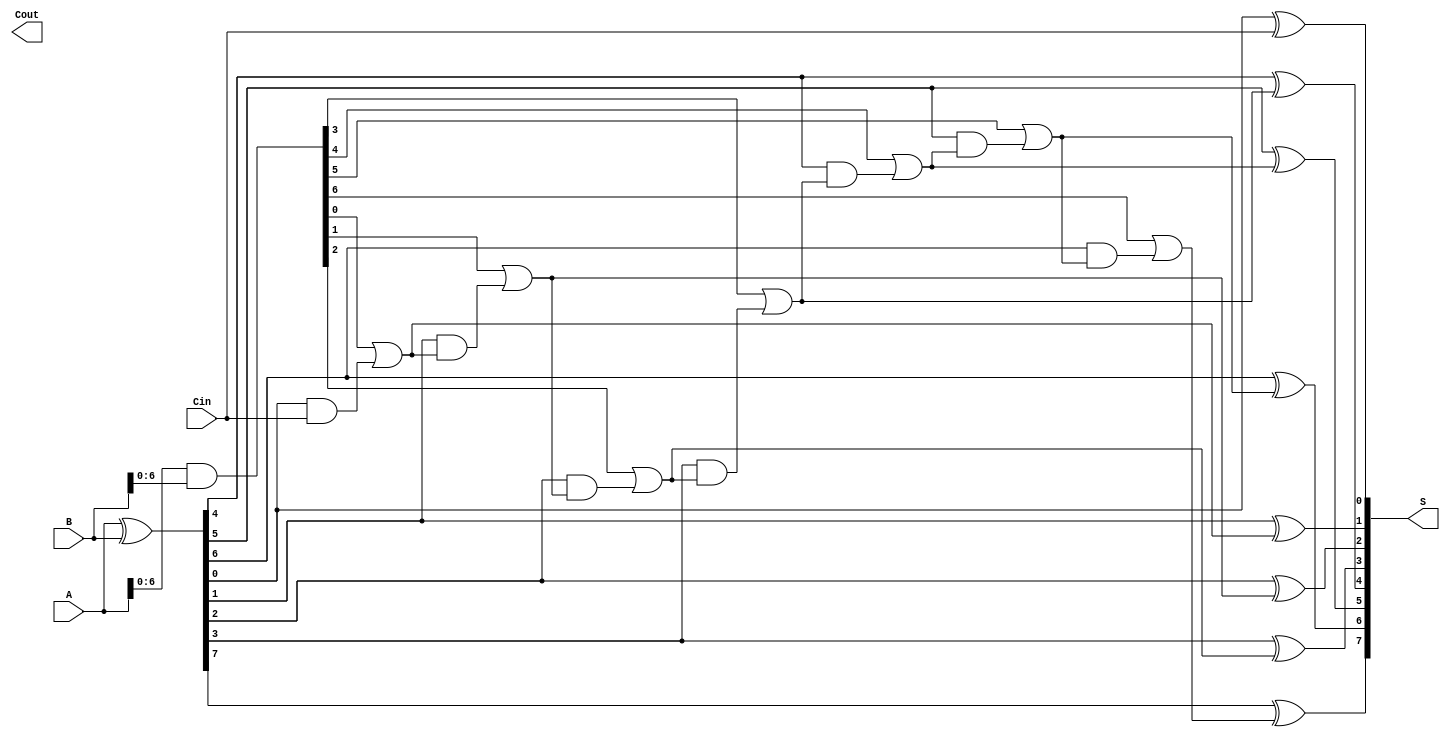
module SklanskyAdder #(parameter n = 8) (
    input  [n-1:0] A,
    input  [n-1:0] B,
    input          Cin,
    output [n-1:0] S,
    output         Cout
);

    // Generate and Propagate signals
    wire [n-1:0] G; // Generate signals
    wire [n-1:0] P; // Propagate signals
    wire [n:0] C;   // Carry signals (C[n] is the final carry out)

    assign G = A & B;           // Generate
    assign P = A ^ B;           // Propagate
    assign C[0] = Cin;          // Initial carry input

    // Level 1 Carry Calculation
    genvar i;
    generate
        for (i = 1; i < n; i = i + 1) begin : level1
            assign C[i] = G[i-1] | (P[i-1] & C[i-1]);
        end
    endgenerate

    // Level 2 Carry Calculation (pairs of four bits)
    generate
        for (i = 2; i < n; i = i + 2) begin : level2
            assign C[i] = G[i-1] | (P[i-1] & C[i-1]);
        end
    endgenerate

    // Level 3 Carry Calculation (groups of eight bits)
    generate
        for (i = 4; i < n; i = i + 4) begin : level3
            assign C[i] = G[i-1] | (P[i-1] & C[i-1]);
        end
    endgenerate

    // Sum Calculation
    assign Cout = C[n]; // Final carry out
    generate
        for (i = 0; i < n; i = i + 1) begin : sum
            assign S[i] = P[i] ^ C[i];
        end
    endgenerate

endmodule